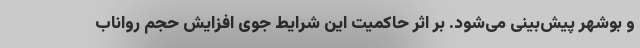
و بوشهر پیش‌بینی می‌شود. بر اثر حاکمیت این شرایط جوی افزایش حجم رواناب